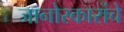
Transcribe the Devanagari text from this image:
जानोरकारांचे